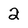
Character: 2